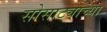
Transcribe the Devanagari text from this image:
सोसाट्याच्या